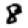
Digit: 8